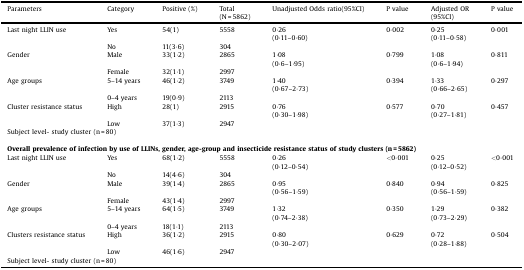
<table><thead><tr><td><b>Parameters</b></td><td><b>Category</b></td><td><b>Positive (%)</b></td><td><b>Total(N = 5862)</b></td><td><b>Unadjusted Odds ratio(95%CI)</b></td><td><b>P value</b></td><td><b>Adjusted OR(95%CI)</b></td><td><b>P value</b></td></tr></thead><tbody><tr><td>Last night LLIN use</td><td>Yes</td><td>54(1)</td><td>5558</td><td>0·26(0·11–0·60)</td><td>0·002</td><td>0·25(0·11–0·58)</td><td>0·001</td></tr><tr><td></td><td>No</td><td>11(3·6)</td><td>304</td><td></td><td></td><td></td><td></td></tr><tr><td>Gender</td><td>Male</td><td>33(1·2)</td><td>2865</td><td>1·08(0·6–1·95)</td><td>0·799</td><td>1·08(0·6–1·94)</td><td>0·811</td></tr><tr><td></td><td>Female</td><td>32(1·1)</td><td>2997</td><td></td><td></td><td></td><td></td></tr><tr><td>Age groups</td><td>5–14 years</td><td>46(1·2)</td><td>3749</td><td>1·40(0·67–2·73)</td><td>0·394</td><td>1·33(0·66–2·65)</td><td>0·297</td></tr><tr><td></td><td>0–4 years</td><td>19(0·9)</td><td>2113</td><td></td><td></td><td></td><td></td></tr><tr><td>Cluster resistance status</td><td>High</td><td>28(1)</td><td>2915</td><td>0·76(0·30–1·98)</td><td>0·577</td><td>0·70(0·27–1·81)</td><td>0·457</td></tr><tr><td></td><td>Low</td><td>37(1·3)</td><td>2947</td><td></td><td></td><td></td><td></td></tr><tr><td colspan="8">Subject level- study cluster (n = 80)</td></tr><tr><td colspan="8">  </td></tr><tr><td colspan="8"><b>Overall prevalence of infection by use of LLINs, gender, age-group and insecticide resistance status of study clusters (n</b> <b>=</b> <b>5862)</b></td></tr><tr><td>Last night LLIN use</td><td>Yes</td><td>68(1·2)</td><td>5558</td><td>0·26(0·12–0·54)</td><td>&lt;0·001</td><td>0·25(0·12–0·52)</td><td>&lt;0·001</td></tr><tr><td></td><td>No</td><td>14(4·6)</td><td>304</td><td></td><td></td><td></td><td></td></tr><tr><td>Gender</td><td>Male</td><td>39(1·4)</td><td>2865</td><td>0·95(0·56–1·59)</td><td>0·840</td><td>0·94(0·56–1·59)</td><td>0·825</td></tr><tr><td></td><td>Female</td><td>43(1·4)</td><td>2997</td><td></td><td></td><td></td><td></td></tr><tr><td>Age groups</td><td>5–14 years</td><td>64(1·5)</td><td>3749</td><td>1·32(0·74–2·38)</td><td>0·350</td><td>1·29(0·73–2·29)</td><td>0·382</td></tr><tr><td></td><td>0–4 years</td><td>18(1·1)</td><td>2113</td><td></td><td></td><td></td><td></td></tr><tr><td>Clusters resistance status</td><td>High</td><td>36(1·2)</td><td>2915</td><td>0·80(0·30–2·07)</td><td>0·629</td><td>0·72(0·28–1·88)</td><td>0·504</td></tr><tr><td></td><td>Low</td><td>46(1·6)</td><td>2947</td><td></td><td></td><td></td><td></td></tr><tr><td colspan="8">Subject level- study cluster (n = 80)</td></tr></tbody></table>